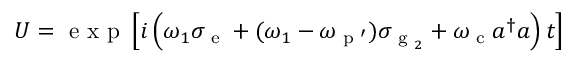
U = \textrm { e x p } \left[ i \left( \omega _ { 1 } \sigma _ { \textrm { e } } + ( \omega _ { 1 } - \omega _ { \textrm { p } \mathrm { { ' } } } ) \sigma _ { \textrm { g } _ { 2 } } + \omega _ { \textrm { c } } a ^ { \dagger } a \right) t \right]